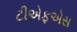
ટીએફએસ